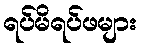
ရပ်မိရပ်ဖများ